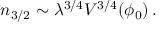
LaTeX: n _ { 3 / 2 } \sim \lambda ^ { 3 / 4 } V ^ { 3 / 4 } ( \phi _ { 0 } ) \, .